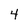
Character: 4